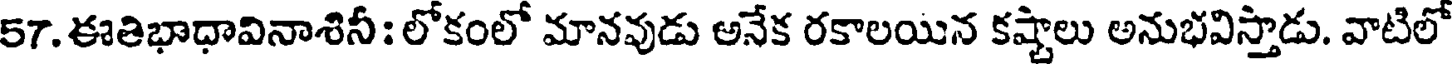
57. ఈతిభాధావినాశినీ : లోకంలో మానవుడు అనేక రకాలయిన కష్టాలు అనుభవిస్తాడు. వాటిలో